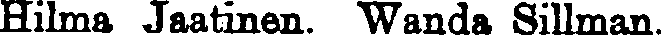
Hilma Jaatinen. Wanda Sillman.